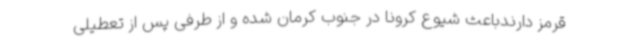
قرمز دارندباعث شیوع کرونا در جنوب کرمان شده و از طرفی پس از تعطیلی